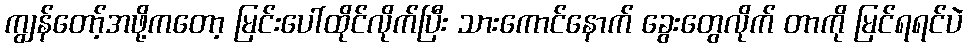
ကျွန်တော့်အဖို့ကတော့ မြင်းပေါ်ထိုင်လိုက်ပြီး သားကောင်နောက် ခွေးတွေလိုက် တာကို မြင်ရရင်ပဲ